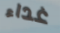
غداء